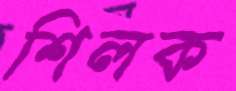
শিলক